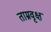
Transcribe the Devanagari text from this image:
ताम्रवृक्ष